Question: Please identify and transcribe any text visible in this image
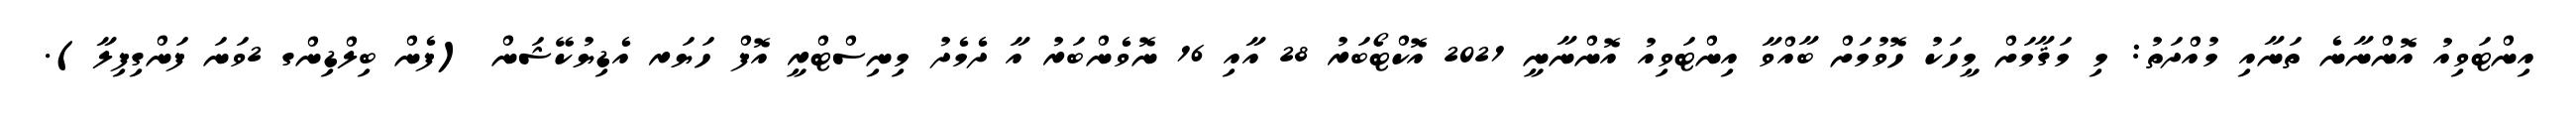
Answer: އިންޓަވިއު އޮންނާނެ ތަނާއި މުއްދަތު: މި މަޤާމަށް މީހަކު ހޮވުމަށް ބާއްވާ އިންޓަވިއު އޮންނާނީ 2021 އޮކްޓޯބަރު 28 އާއި 16 ނޮވެންބަރު އާ ދެމެދު މިނިސްޓްރީ އޮފް ހަޔަރ އެޑިޔުކޭޝަން (ފެން ބިލްޑިންގ 2ވަނަ ފަންގިފިލާ).